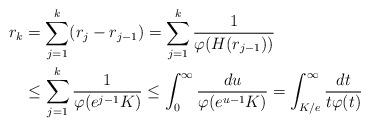
LaTeX: \begin{align*}\begin{aligned} r_k & =\displaystyle\sum^{k}_{j=1}(r_{j}-r_{j-1}) = \displaystyle\sum^{k}_{j=1} \frac 1 {\varphi(H(r_{j-1}))}\\ & \leq \displaystyle\sum^{k}_{j=1} \frac 1 {\varphi(e^{j-1}K)} \leq \displaystyle\int^\infty_{0}\frac {du} {\varphi(e^{u-1}K)}= \displaystyle\int^\infty_{K/e}\frac {dt} {t\varphi(t)}\end{aligned}\end{align*}